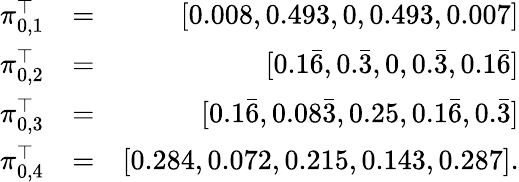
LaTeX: \begin{array}{rlr}{\pi_{0,1}^{\top}}&{=}&{[0.008,0.493,0,0.493,0.007]}\\ {\pi_{0,2}^{\top}}&{=}&{[0.1\bar{6},0.\bar{3},0,0.\bar{3},0.1\bar{6}]}\\ {\pi_{0,3}^{\top}}&{=}&{[0.1\bar{6},0.08\bar{3},0.25,0.1\bar{6},0.\bar{3}]}\\ {\pi_{0,4}^{\top}}&{=}&{[0.284,0.072,0.215,0.143,0.287].}\end{array}